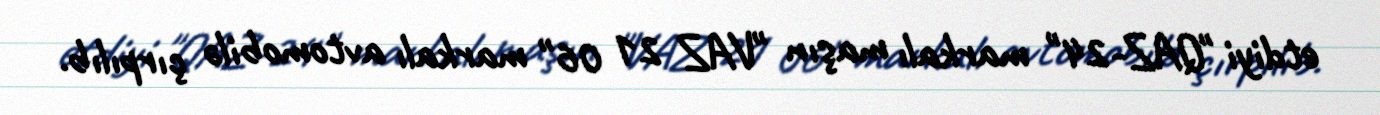
etdiyi "QAZ-24" markalı maşın "VAZ 21 06" markalı avtomobilə çırpılıb.